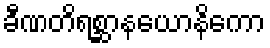
ခီဏတိရစ္ဆာနယောနိကော